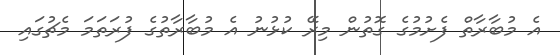
އެ މުބާރާތް ފެށުމުގެ ގޮތުން މިރޭ ކުޅުނު އެ މުބާރާތުގެ ފުރަތަމަ މެޗުގައި